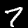
Label: 7